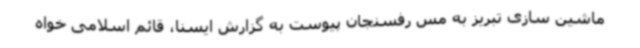
ماشین سازی تبریز به مس رفسنجان پیوست به گزارش ایسنا، قائم اسلامی خواه